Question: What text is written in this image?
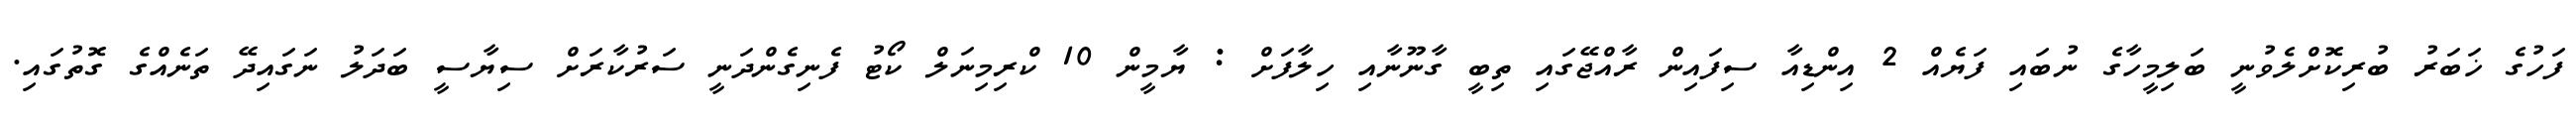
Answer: ފަހުގެ ޚަބަރު ބުރިކޮށްލެވުނީ ބަލިމީހާގެ ނުބައި ފަޔެއް 2 އިންޑިއާ ސިފައިން ރާއްޖޭގައި ތިބީ ގާނޫނާއި ހިލާފަށް : ޔާމީން 10 ކްރިމިނަލް ކޯޓު ފެނިގެންދަނީ ސަރުކާރަށް ސިޔާސީ ބަދަލު ނަގައިދޭ ތަނެއްގެ ގޮތުގައި.